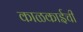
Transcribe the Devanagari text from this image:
काळकाईची